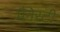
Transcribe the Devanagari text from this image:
मैनेस्टी